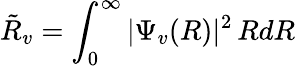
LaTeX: \tilde{R}_{v}=\int_{0}^{\infty}|\Psi_{v}(R)|^{2}\, RdR